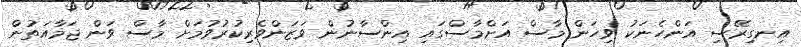
އިނގިރޭސި އަންހެނަކު ވިހަން މާސް އަށްމާސްގައި އިންސާނުން ވަޒަންވެރިކުރުވުމަށް މާސް ވަން ޖަމާއަތުން